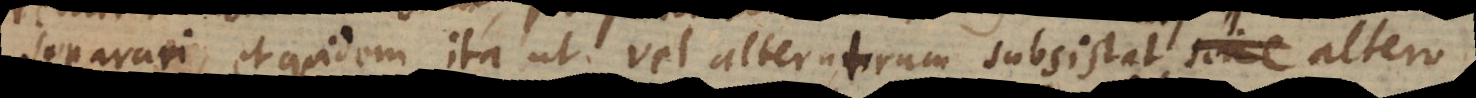
separari, et quidem ita ut vel alterutrum subsistat altero